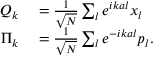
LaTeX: \begin{array} { r l } { Q _ { k } } & { { } = { \frac { 1 } { \sqrt { N } } } \sum _ { l } e ^ { i k a l } x _ { l } } \\ { \Pi _ { k } } & { { } = { \frac { 1 } { \sqrt { N } } } \sum _ { l } e ^ { - i k a l } p _ { l } . } \end{array}